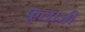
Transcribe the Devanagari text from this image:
फूलाजी